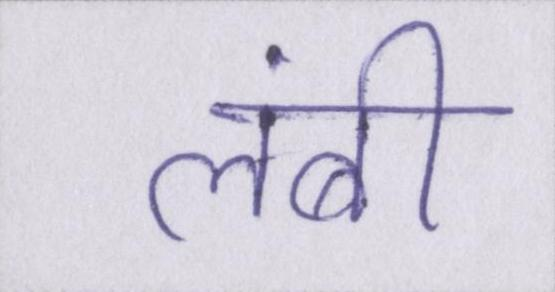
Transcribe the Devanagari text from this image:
लंबी